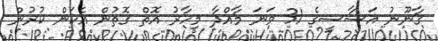
ގާނޫނު އަސާސީގެ 31 ވަނަ މާއްދާ މިހާރު އޮތް ގޮތުން އެކަން ކުރުން